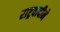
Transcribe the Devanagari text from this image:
राष्ट्रवादीने